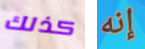
كذلك إنه